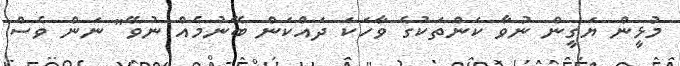
މުޅީން ޔަގީން ނުވާ ކަންތަކުގެ ވާހަކަ ދައްކަން ބޭނުމެއް ނުވޭ" ނަން ވެސް